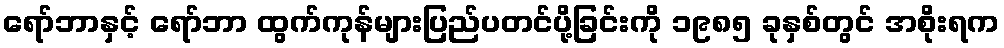
ရော်ဘာနှင့် ရော်ဘာ ထွက်ကုန်များပြည်ပတင်ပို့ခြင်းကို ၁၉၈၅ ခုနှစ်တွင် အစိုးရက